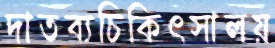
দাতব্যচিকিৎসালয়